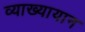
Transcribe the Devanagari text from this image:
व्याख्यायान